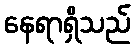
နေရာရှိသည်